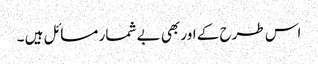
اس طرح کے اور بھی بے شمار مسائل ہیں ۔